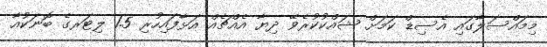
މިމައްސަލާގައި އެސިޑް ކަމަށް ޝައްކުކުރެވޭ ދިޔާ އެއްޗެއް އަޅާފައިހުރި 1.5 ލިޓަރގެ ބޮނަކުއާ